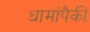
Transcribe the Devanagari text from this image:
धामांपैकी